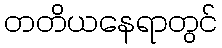
တတိယနေရာတွင်